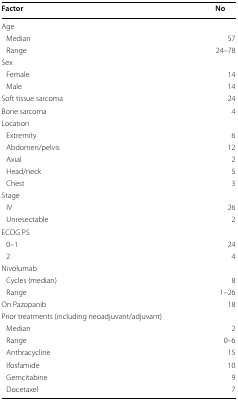
| Factor | No |
 | --- | --- |
 | <COLSPAN=2> Age |
 | Median | 57 |
 | Range | 24–78 |
 | <COLSPAN=2> Sex |
 | Female | 14 |
 | Male | 14 |
 | Soft tissue sarcoma | 24 |
 | Bone sarcoma | 4 |
 | <COLSPAN=2> Location |
 | Extremity | 6 |
 | Abdomen/pelvis | 12 |
 | Axial | 2 |
 | Head/neck | 5 |
 | Chest | 3 |
 | <COLSPAN=2> Stage |
 | IV | 26 |
 | Unresectable | 2 |
 | <COLSPAN=2> ECOG PS |
 | 0–1 | 24 |
 | 2 | 4 |
 | Nivolumab |  |
 | Cycles (median) | 8 |
 | Range | 1–26 |
 | On Pazopanib | 18 |
 | <COLSPAN=2> Prior treatments (including neoadjuvant/adjuvant) |
 | Median | 2 |
 | Range | 0–6 |
 | Anthracycline | 15 |
 | Ifosfamide | 10 |
 | Gemcitabine | 9 |
 | Docetaxel | 7 |